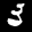
Label: 3